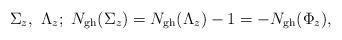
LaTeX: \begin{align*}\Sigma_z,\ \Lambda_z;\ N_{ {\rm gh}}(\Sigma_z) =N_{ {\rm gh}}(\Lambda_z)-1=-N_{ {\rm gh}}(\Phi_z) ,\end{align*}